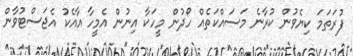
ފުރަތަމަ ކިޔެވުން ކުރާނެ މަސައްކަތެއް ހޯދުން މީހަކާ އިނުން އެމީހާ އާއެކު އެޖަސްޓުވާން